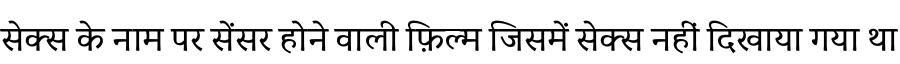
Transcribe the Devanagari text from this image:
सेक्स के नाम पर सेंसर होने वाली फ़िल्म जिसमें सेक्स नहीं दिखाया गया था